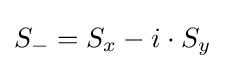
S_{-}=S_{x}-i\cdot S_{y}